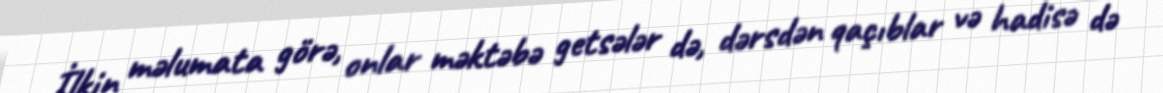
İlkin məlumata görə, onlar məktəbə getsələr də, dərsdən qaçıblar və hadisə də